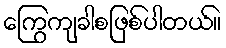
ကြွေကျခါစဖြစ်ပါတယ်။